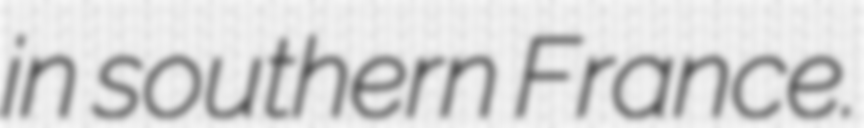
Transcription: in southern France.